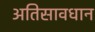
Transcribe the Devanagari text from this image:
अतिसावधान